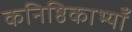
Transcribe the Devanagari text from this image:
कनिष्ठिकाभ्याँ